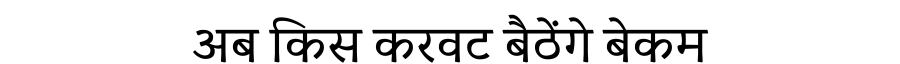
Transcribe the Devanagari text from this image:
अब किस करवट बैठेंगे बेकम